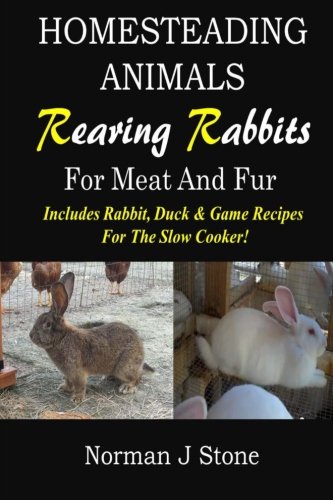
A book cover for Homesteading Animals - Rearing Rabbits For Meat And Fur: Includes Rabbit, Duck, and Game recipes for the slow cooker (Volume 1); Norman J Stone; Crafts, Hobbies & Home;